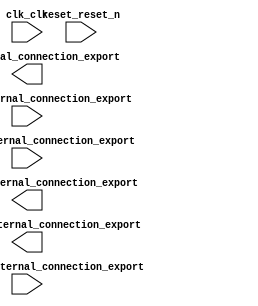

module lab4_cpu (
	clk_clk,
	reset_reset_n,
	leds_external_connection_export,
	datatomem_external_connection_export,
	datatosent_external_connection_export,
	charsent_external_connection_export,
	charreceived_external_connection_export,
	transenable_external_connection_export);	

	input		clk_clk;
	input		reset_reset_n;
	output	[7:0]	leds_external_connection_export;
	input	[7:0]	datatomem_external_connection_export;
	output	[7:0]	datatosent_external_connection_export;
	input		charsent_external_connection_export;
	input		charreceived_external_connection_export;
	output		transenable_external_connection_export;
endmodule